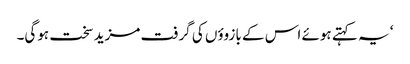
‘ یہ کہتے ہوئے اس کے بازوؤں کی گرفت مزید سخت ہوگی۔